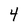
Character: 4